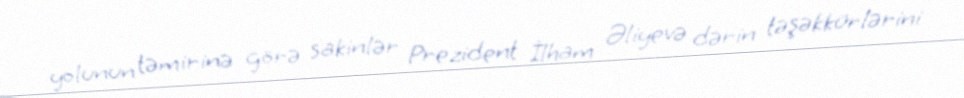
yolunun təmirinə görə sakinlər Prezident İlham Əliyevə dərin təşəkkürlərini